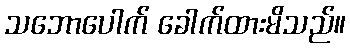
သဘောပေါက် ခေါက်ထားမိသည်။